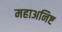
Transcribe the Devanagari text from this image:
महाअनिष्ट